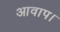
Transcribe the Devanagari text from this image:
आवाप।